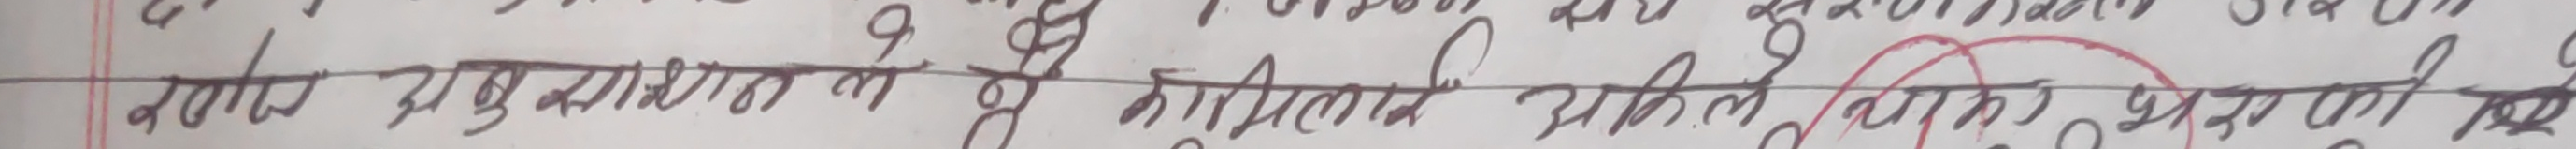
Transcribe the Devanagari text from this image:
नगार प्रमुखसंगतमा उहाँले सोधेर भागेको हो